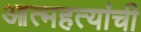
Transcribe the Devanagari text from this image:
आत्महत्यांची